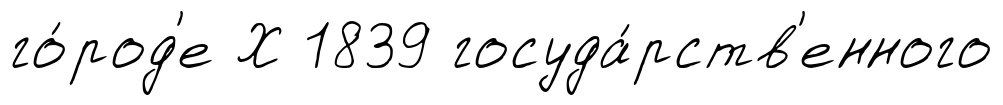
го́род'е Х 1839 госуда́рств'енного